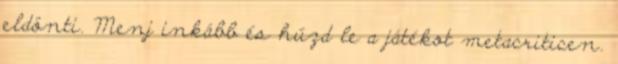
eldönti. Menj inkább és húzd le a játékot metacriticen.